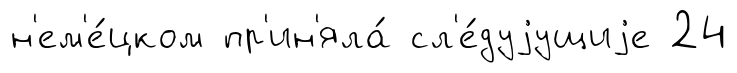
н'ем'е́цком пр'ин'яла́ сл'е́дуjущиjе 24